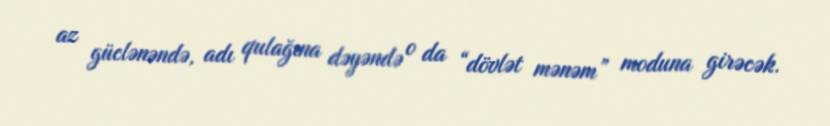
az güclənəndə, adı qulağına dəyəndə o da “dövlət mənəm” moduna girəcək.